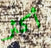
أكثر